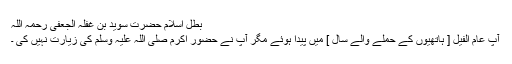
بطل اسلام حضرت سوید بن غفلہ الجعفی رحمہ اللہ​
آپ عام الفیل [ ہاتھیوں کے حملے والے سال ] میں پیدا ہوئے مگر آپ نے حضور اکرم صلی اللہ علیہ وسلم کی زیارت نہیں کی ۔